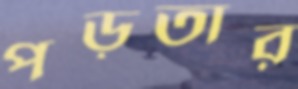
পড়তার